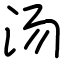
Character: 汤